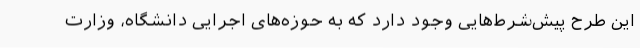
این طرح پیش‌شرط‌هایی وجود دارد که به حوزه‌های اجرایی دانشگاه، وزارت